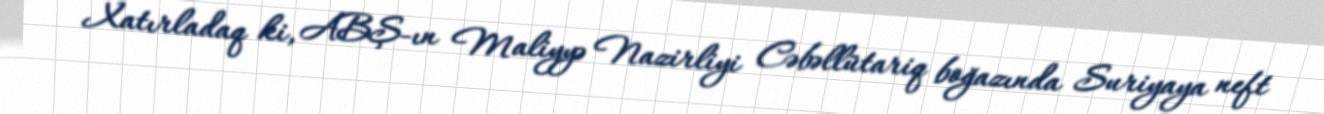
Xatırladaq ki, ABŞ-ın Maliyyə Nazirliyi Cəbəllütariq boğazında Suriyaya neft